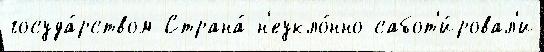
госуда́рством Страна́ н'еукло́нно сабот'и́ровал'и